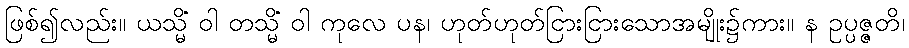
ဖြစ်၍လည်း။ ယသ္မိံ ဝါ တသ္မိံ ဝါ ကုလေ ပန၊ ဟုတ်ဟုတ်ငြားငြားသောအမျိုး၌ကား။ န ဥပ္ပဇ္ဇတိ၊